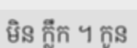
មិន ក្លឹក ។ កូន